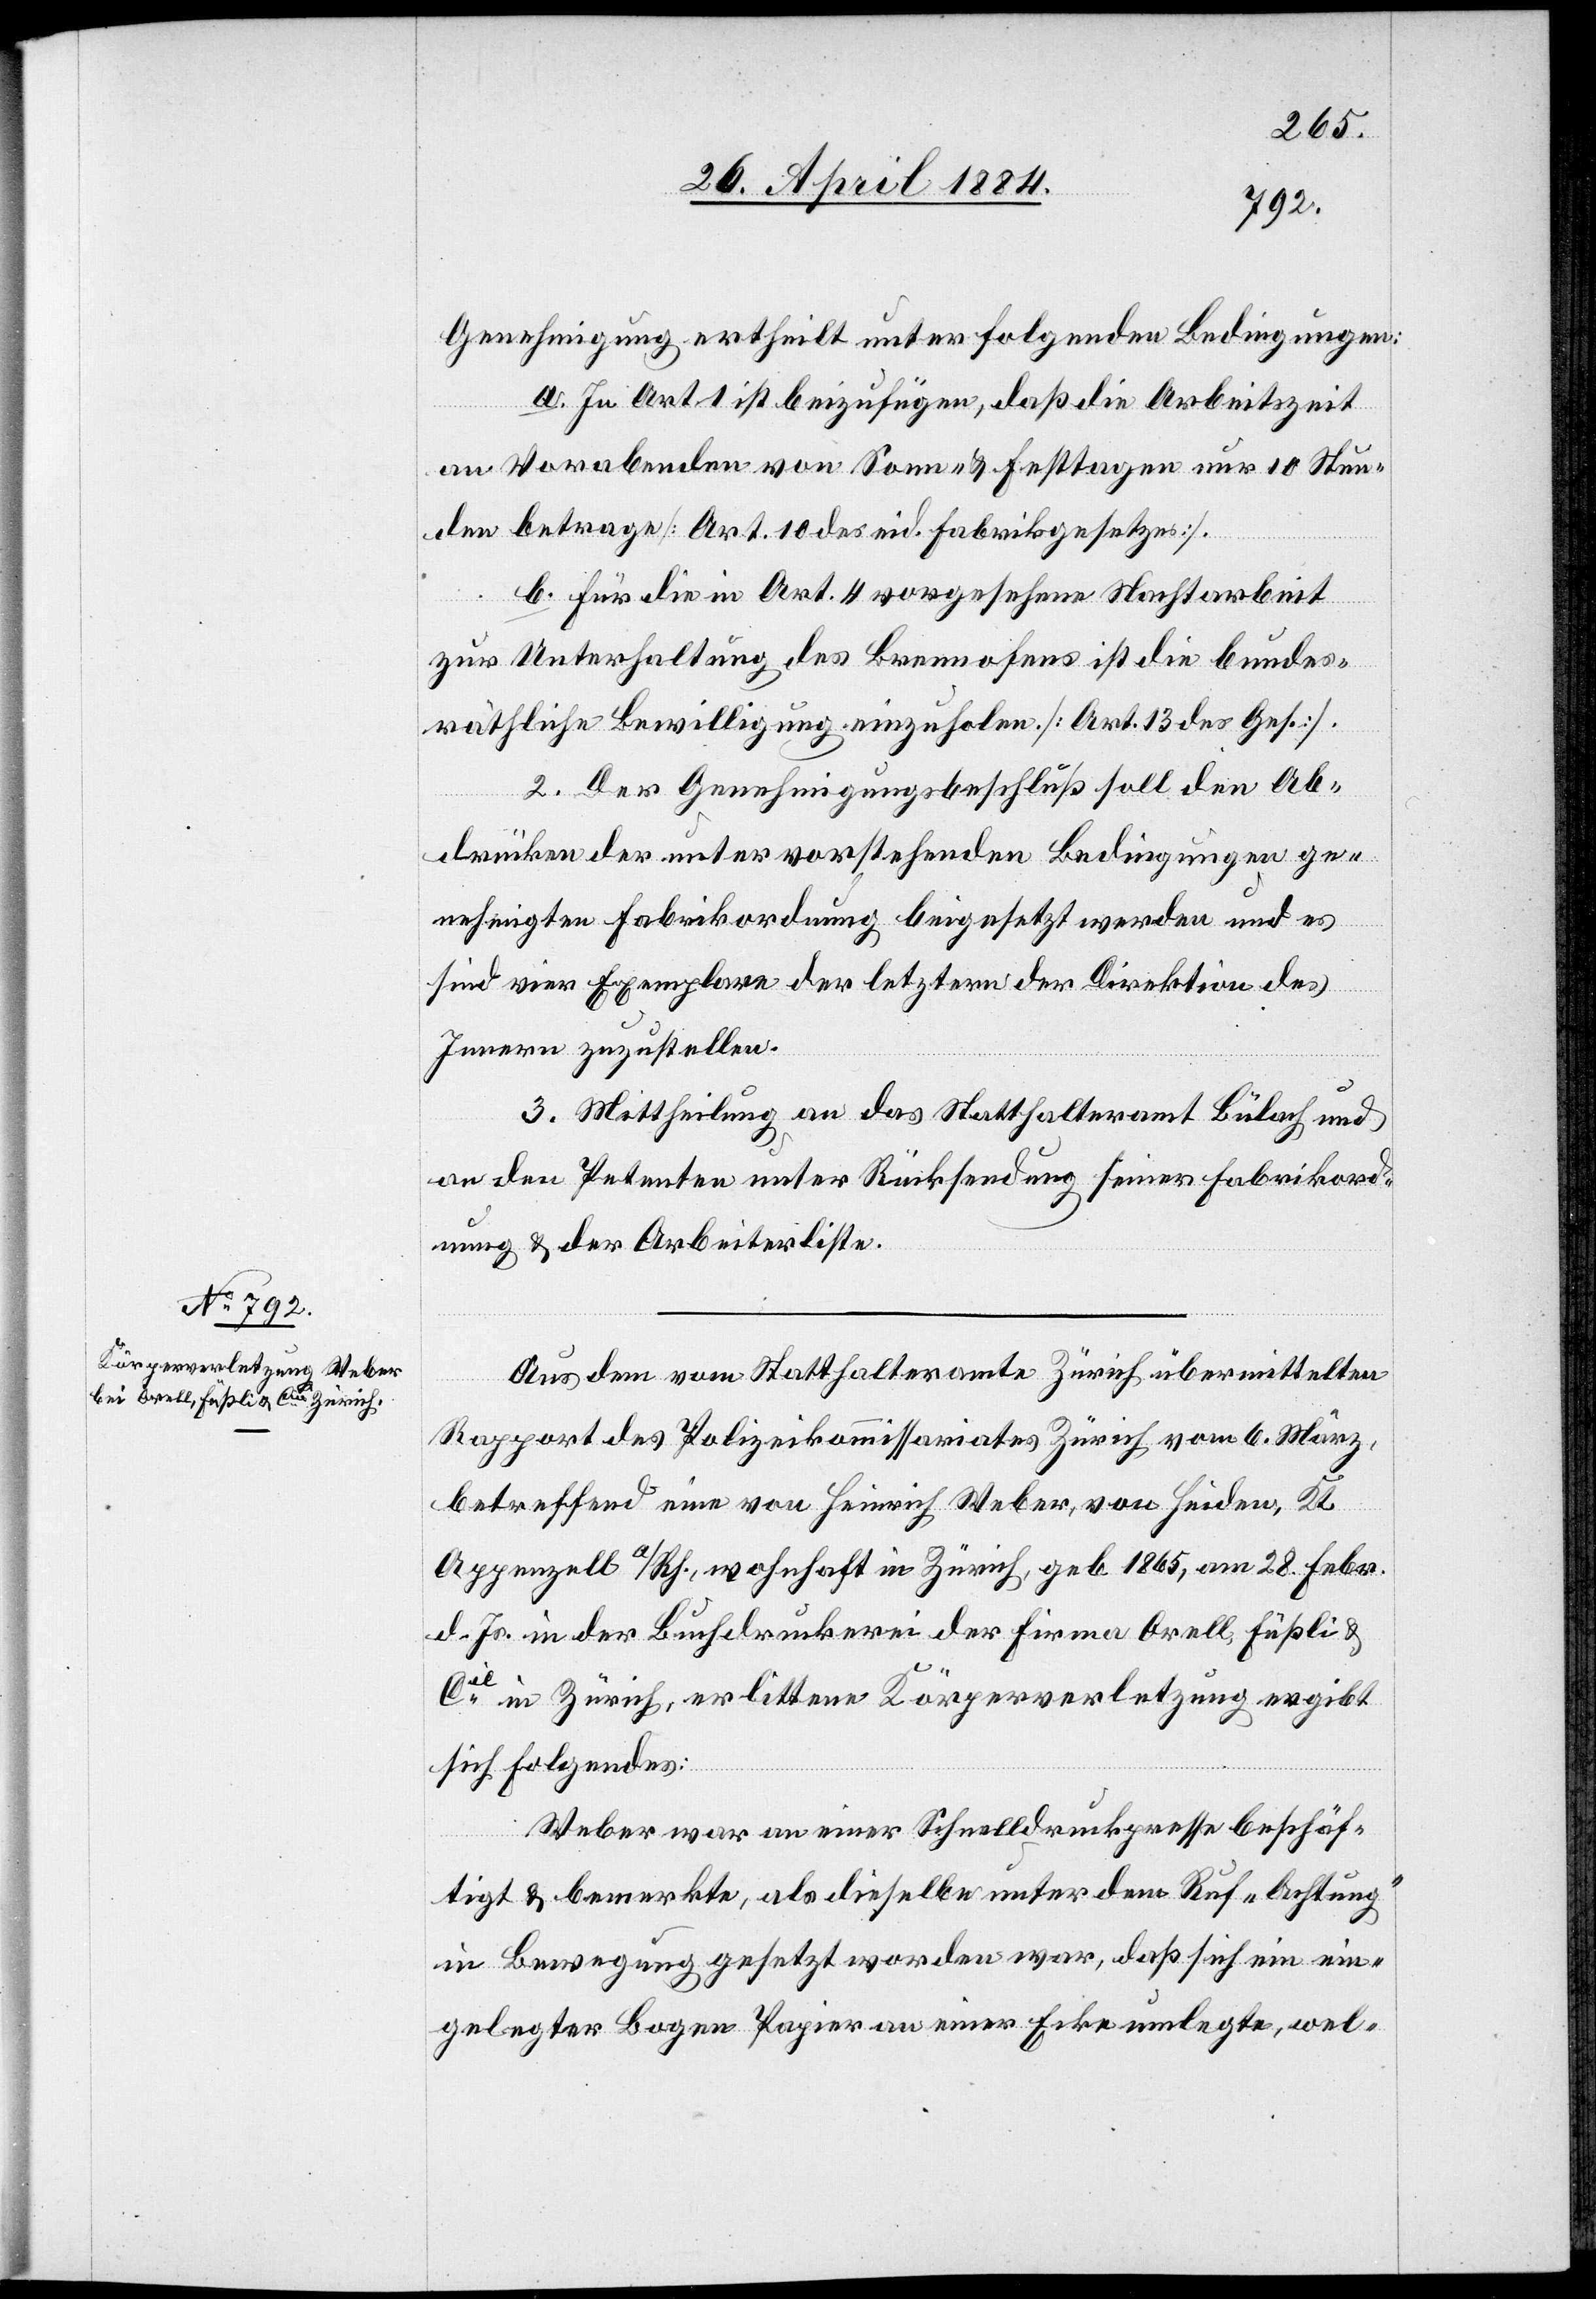
Genehmigung ertheilt unter folgenden Bedingungen:
a. In Art. 1 ist beizufügen, daß die Arbeitszeit
an Vorabenden von Sonn- & Festtagen nur 10 Stun¬
den betrage [Art. 10 des eid. Fabrikgesetzes].
b. für die in Art. 4 vorgesehene Nachtarbeit
zur Unterhaltung des Brennofens ist die bundes¬
räthliche Bewilligung einzuholen [Art. 13 des Ges.].
2. Der Genehmigungsbeschluß soll den Ab¬
drücken der unter vorstehenden Bedingungen ge¬
nehmigten Fabrikordnung beigesetzt werden und es
sind vier Exemplare der letztern der Direktion des
Innern zuzustellen.
3. Mittheilung an das Statthalteramt Bülach und
an den Petenten unter Rücksendung seiner Fabrikord¬
nung & der Arbeiterliste.
Aus dem vom Statthalteramte Zürich übermittelten
Rapport des Polizeikommissariates Zürich vom 6. März,
betreffend eine von Heinrich Weber, von Heiden, Kt.
Appenzell a/Rh., wohnhaft in Zürich, geb. 1865, am 28. Febr.
d. Js. in der Buchdruckerei der Firma Orell, Füßli &
Cie in Zürich, erlittene Körperverletzung ergibt
sich folgendes:
Weber war an einer Schnelldruckpresse beschäf¬
tigt & bemerkte, als dieselbe unter dem Ruf „Achtung“
in Bewegung gesetzt worden war, daß sich ein ein¬
gelegter Bogen Papier an einer Ecke umlegte, wel-